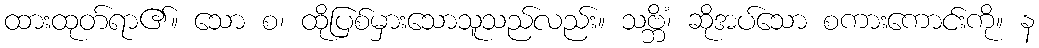
ထားထုတ်ရာ၏။ သော စ၊ ထိုပြစ်မှားသောသူသည်လည်း။ သဗ္ဘိံ၊ ဆိုအပ်သော စကားကောင်းကို။ န